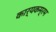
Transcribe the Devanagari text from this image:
कार्यकम्रम